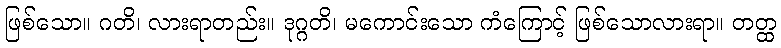
ဖြစ်သော။ ဂတိ၊ လားရာတည်း။ ဒုဂ္ဂတိ၊ မကောင်းသော ကံကြောင့် ဖြစ်သောလားရာ။ တတ္ထ